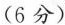
(6分)